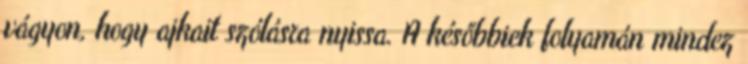
vágyon, hogy ajkait szólásra nyissa. A későbbiek folyamán mindez